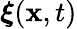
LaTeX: \boldsymbol{\xi}({\mathbf{x}},t)